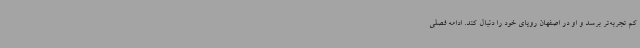
کم تجربه‌تر برسد و او در اصفهان رویای خود را دنبال کند. ادامه فصلی